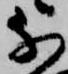
な